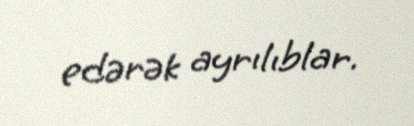
edərək ayrılıblar.